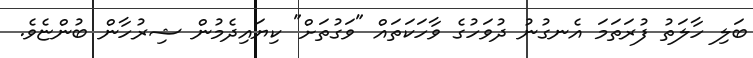
ބަލި ހާލަތު ފުރަތަމަ އެނގުނު ދުވަހުގެ ވާހަކަތައް "ވަގުތަށް" ކިޔައިދެމުން ޝިރުހާން ބުންޏެވެ.